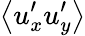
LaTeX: \left<u_{x}^{\prime}u_{y}^{\prime}\right>